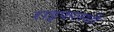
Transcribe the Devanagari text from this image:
राइफलथी